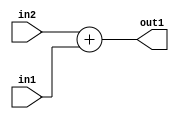
`timescale 1ps / 1ps
/*****************************************************************************
    Verilog RTL Description
    
    
    Created by: Stratus DpOpt 21.05.01 
*******************************************************************************/

module SobelFilter_Add_32Sx1U_32S_1 (
	in2,
	in1,
	out1
	); /* architecture "behavioural" */ 
input [31:0] in2;
input  in1;
output [31:0] out1;
wire [31:0] asc001;

assign asc001 = 
	+(in2)
	+(in1);

assign out1 = asc001;
endmodule

/* CADENCE  ubD3SAs= : u9/ySxbfrwZIxEzHVQQV8Q== ** DO NOT EDIT THIS LINE ******/